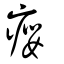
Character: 癭